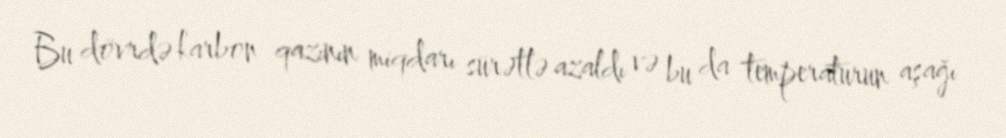
Bu dövrdə karbon qazının miqdarı sürətlə azaldı və bu da temperaturun aşağı